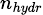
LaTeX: \scriptstyle n_{hydr}